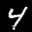
Label: 4